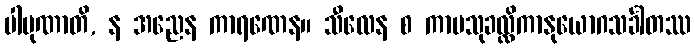
ပါပုဏာတိ, န အညေန ကာရဏေန။ သီလေန စ ကာမသုခလ္လိကာနုယောဂသင်္ခါတဿ